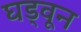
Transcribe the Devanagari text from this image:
घड्वून